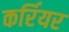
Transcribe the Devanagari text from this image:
कर्रियर